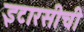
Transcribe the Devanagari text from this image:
इटारसीची